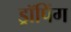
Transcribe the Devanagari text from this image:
ड्रॉपिंग